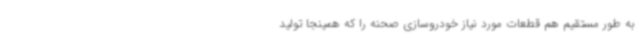
به طور مستقیم هم قطعات مورد نیاز خودروسازی صحنه را که همینجا تولید